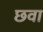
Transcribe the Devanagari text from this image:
छवा